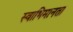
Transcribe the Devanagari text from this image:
स्वाभिमानता